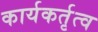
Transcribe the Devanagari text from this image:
कार्यकर्तृत्व